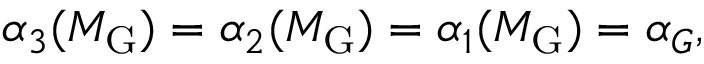
\alpha _ { 3 } ( M _ { \mathrm { G } } ) = \alpha _ { 2 } ( M _ { \mathrm { G } } ) = \alpha _ { 1 } ( M _ { \mathrm { G } } ) = \alpha _ { G } ,